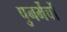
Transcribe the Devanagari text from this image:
पुनर्मेचों